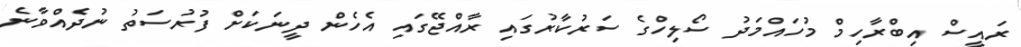
ރައީސް އިބްރާހިމް މުހައްމަދު ސޯލިހްގެ ސަރުކާރުގައި ރާއްޖޭގައި އެހެން ދީނަކަށް ފުރުސަތު ނުދެއްވާނެ